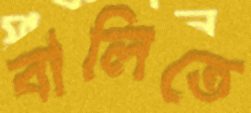
বালিতে